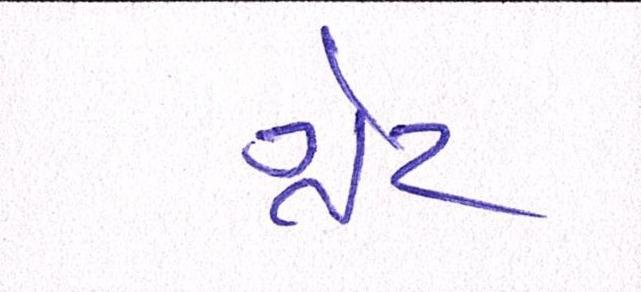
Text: ગ્રેટ